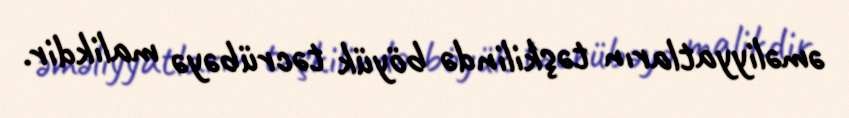
əməliyyatların təşkilində böyük təcrübəyə malikdir.